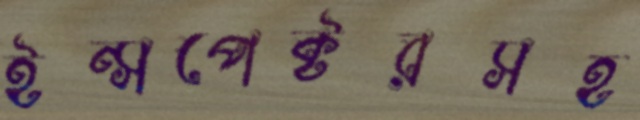
ইন্সপেক্টরসহ